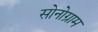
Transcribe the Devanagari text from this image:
सोनोग्राम